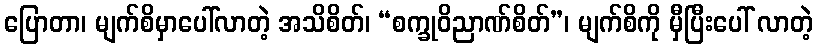
ပြောတာ၊ မျက်စိမှာပေါ်လာတဲ့ အသိစိတ်၊ “စက္ခုဝိညာဏ်စိတ်”၊ မျက်စိကို မှီပြီးပေါ် လာတဲ့